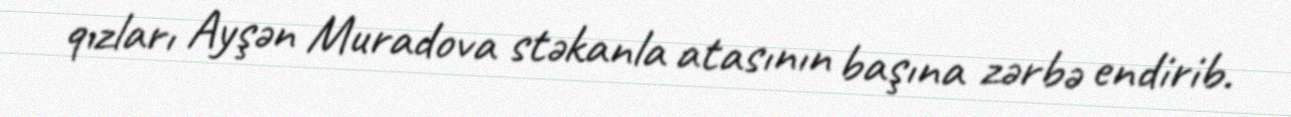
qızları Ayşən Muradova stəkanla atasının başına zərbə endirib.